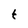
Character: t